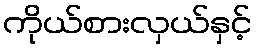
ကိုယ်စားလှယ်နှင့်